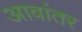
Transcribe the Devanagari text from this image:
आवांतर